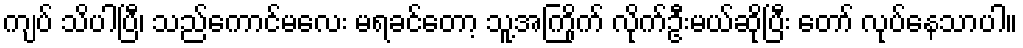
ကျပ် သိပါပြီ၊ သည်ကောင်မလေး မရခင်တော့ သူ့အကြိုက် လိုက်ဦးမယ်ဆိုပြီး တော် လုပ်နေသာပါ။